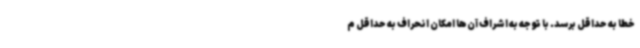
خطا به حداقل برسد. با توجه به اشراف آن‌ها امکان انحراف به حداقل م